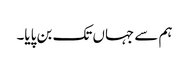
ہم سے جہاں تک بن پایا۔